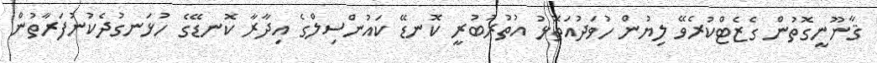
ޤާނޫނީގޮތުން ގެޒެޓްކުރެވޭ ލިޔުން ހުވަދުއަތޮޅު އުތުރުބުރީ ކޮނޑޭ ކައުންސިލްގެ އިދާރާ ކޮނޑޭގެ ހުޅަނގުދެކުނުފަރާތުން